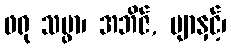
ဖရု သမ္ဖာ၊ အဘိဇ်, ဗျာနှင့်၊